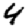
Digit: 4